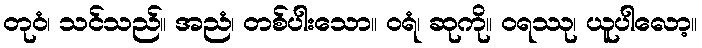
တုဝံ၊ သင်သည်။ အညံ၊ တစ်ပါးသော။ ဝရံ၊ ဆုကို။ ဝရဿု၊ ယူပါလော့။